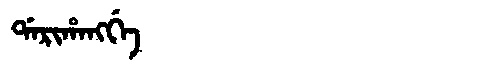
Manchu: ᡩᠠᡵᡳᡥᠠᠩᡤᡝ
Romanization: DARIHANGGE